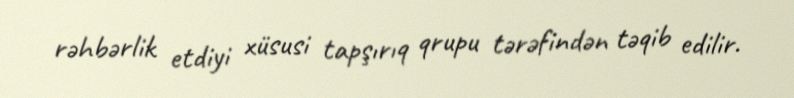
rəhbərlik etdiyi xüsusi tapşırıq qrupu tərəfindən təqib edilir.